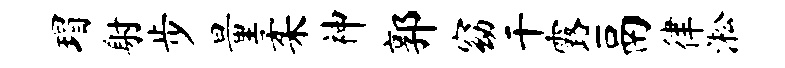
瑁射步量柔神郭窈干露鬲律淞